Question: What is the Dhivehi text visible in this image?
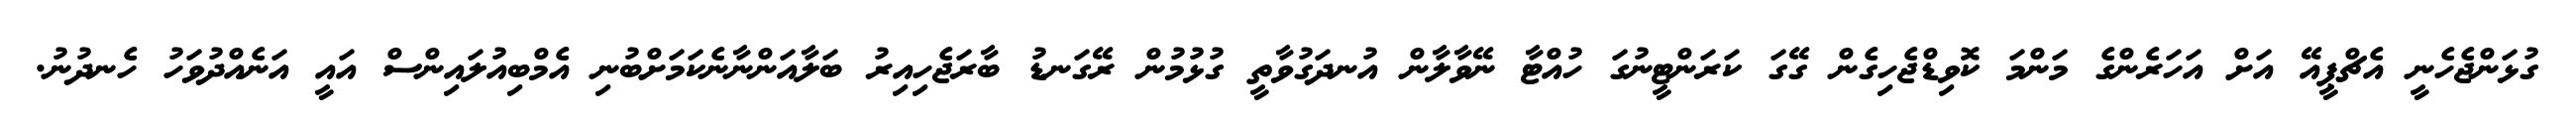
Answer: ގުޅަންޖެހެނީ އެޗްޕީއޭ އަށް އަހަރެންގެ މަންމަ ކޮވިޑްޖެހިގެން ގޭގަ ކަރަންޓީނުގަ ހުއްޓާ ނޭވާލާން އުނދަގުވާތީ ގުޅުމުން ރޭގަނޑު ބާރަޖެހިއިރު ބަލާއަންނާނެކަމަށްބުނި އެމްބިއުލައިންސް އައީ އަނެއްދުވަހު ހެނދުނު.